Report of the King Institute of Preventive Medicine, Guindy
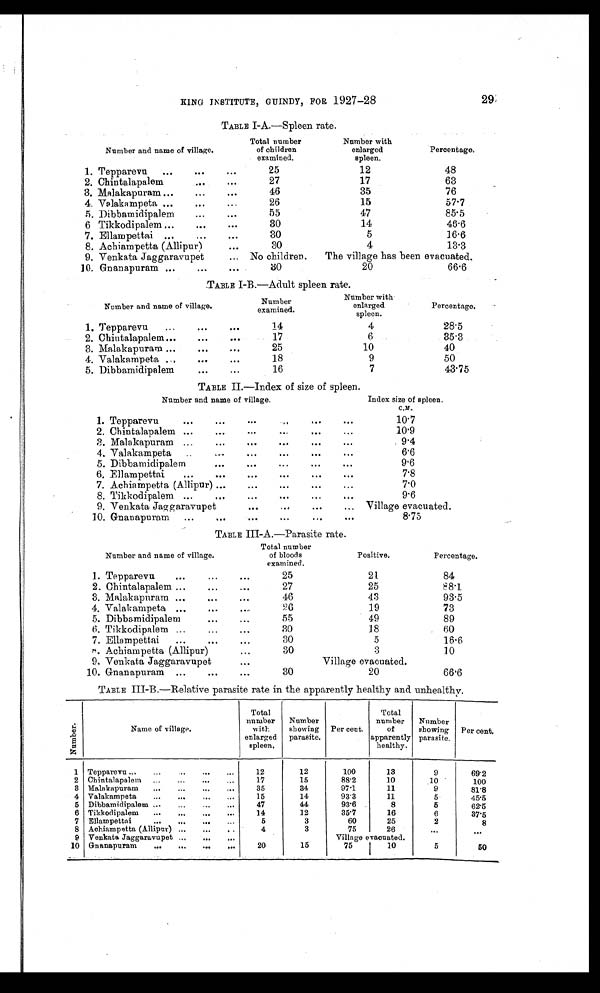
29
KING INSTITUTE, GUINDY, FOR, 1927-28
TABLE I-A.—Spleen rate.
Number and name of village.
Total number
of children
examined.
Number with
enlarged
spleen.
Percentage.
1. Tepparevu . . .
25
12
48
2. Chintalapalem . . .
27
17
63
3. Malakapuram . . .
46
35
76
4. Valakampeta . . .
26
15
57.7
5. Dibbamidipalem . . .
55
47
85.5
6 Tikkodipalem . . .
30
14
46.6
7. Ellampettai . . .
30
5
16.6
8. Achiampetta (Allipur) . . .
30
4
13.3
9. Venkata Jaggaravupet . . .
No children.
The village has been evacuated.
10. Gnanapuram . . .
3 0
20
66.6
TABLE I-B.—Adult spleen rate.
Number and name of village.
Number
examined.
Number with
enlarged
spleen.
Percentage.
1. Tepparevu
14
4
28.5
2. Chintalapalem . . .
17
6
35.3
3. Malakapuram . . .
25
10
40
4. Valakampeta . . .
18
9
50
5. Dibbamidipalem . . .
16
7
43.75
TABLE II.—Index of size of spleen.
Number and name of village.
Index size of spleen.
C . M .
1.
Tepparevu
.
.
.
10.7
2. Chintalapalem . . .
10.9
3. Malakapuram . . .
9.4
4. Valakampeta . . .
6.6
9.6
6. Ellampettai. . . .
7.8
7. Achiampetta (Allipur) . . .
7.0
8. Tikkodipalem . . .
9.6
9. Venkata Jaggaravupet . . .
Village evacuated.
10. Gnanapuram . . .
8.75
TABLE III-A.—Parasite rate.
Number and name of village.
Total number
of bloods
examined.
Positive.
Percentage.
1. Tepparevu . . .
25
21
84
2. Chintalapalem . . .
27
25
88.1
3. Malakapuram . . .
46
43
93.5
4. Valakampeta . . .
26
19
73
5. Dibbamidipalem . . .
55
49
89
6. Tikkodipalem . . .
30
18
60
7. Ellampettai . . .
30
5
16.6
8. Achiampetta (Allipur) . . .
30
3
10
9. Venkata Jaggaravupet . . .
Village evacuated.
10. Gnanapuram . . .
30
20
66.6
TABLE III-B.—Relative parasite rate in the apparently healthy and unhealthy.
N u m b e r .
Name of village.
Total
number
with
enlarged
spleen.
Number
showing
parasite.
Per cent.
Total
number
o f
apparently
healthy.
Number
showing
parasite.
Per cent.
1
Tepparevu . . .
12
12
100
13
9
69.2
2
Chintalapalem . . .
17
15
88.2
10
10
100
3
Malakapuram . . .
35
34
97.1
11
9
81.8
4
Valakampeta . . .
15
14
93.3
11
5
45.5
5
Dibbamidipalem . . .
47
44
93.6
8
5
62.5
6
Tikkodipalem . . .
14
12
35.7
16
6
37.5
7
Ellampettai . . .
5
3
60
25
2
8
8
Achiampetta (Allipur) . . .
4
3
75
26
. . .
. . .
9
Venkata Jaggaravupet . . .
Village evacuated.
. . .
. . .
10
Gnanapuram . . .
20
15
75
10
5
50